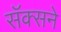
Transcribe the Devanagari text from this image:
सॅक्सने